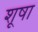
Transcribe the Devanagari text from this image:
शूषा